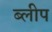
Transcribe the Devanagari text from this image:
ब्लीप